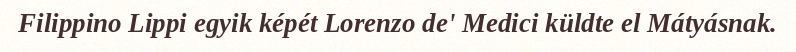
Filippino Lippi egyik képét Lorenzo de' Medici küldte el Mátyásnak.